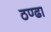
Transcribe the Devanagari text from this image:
ठण्ढा